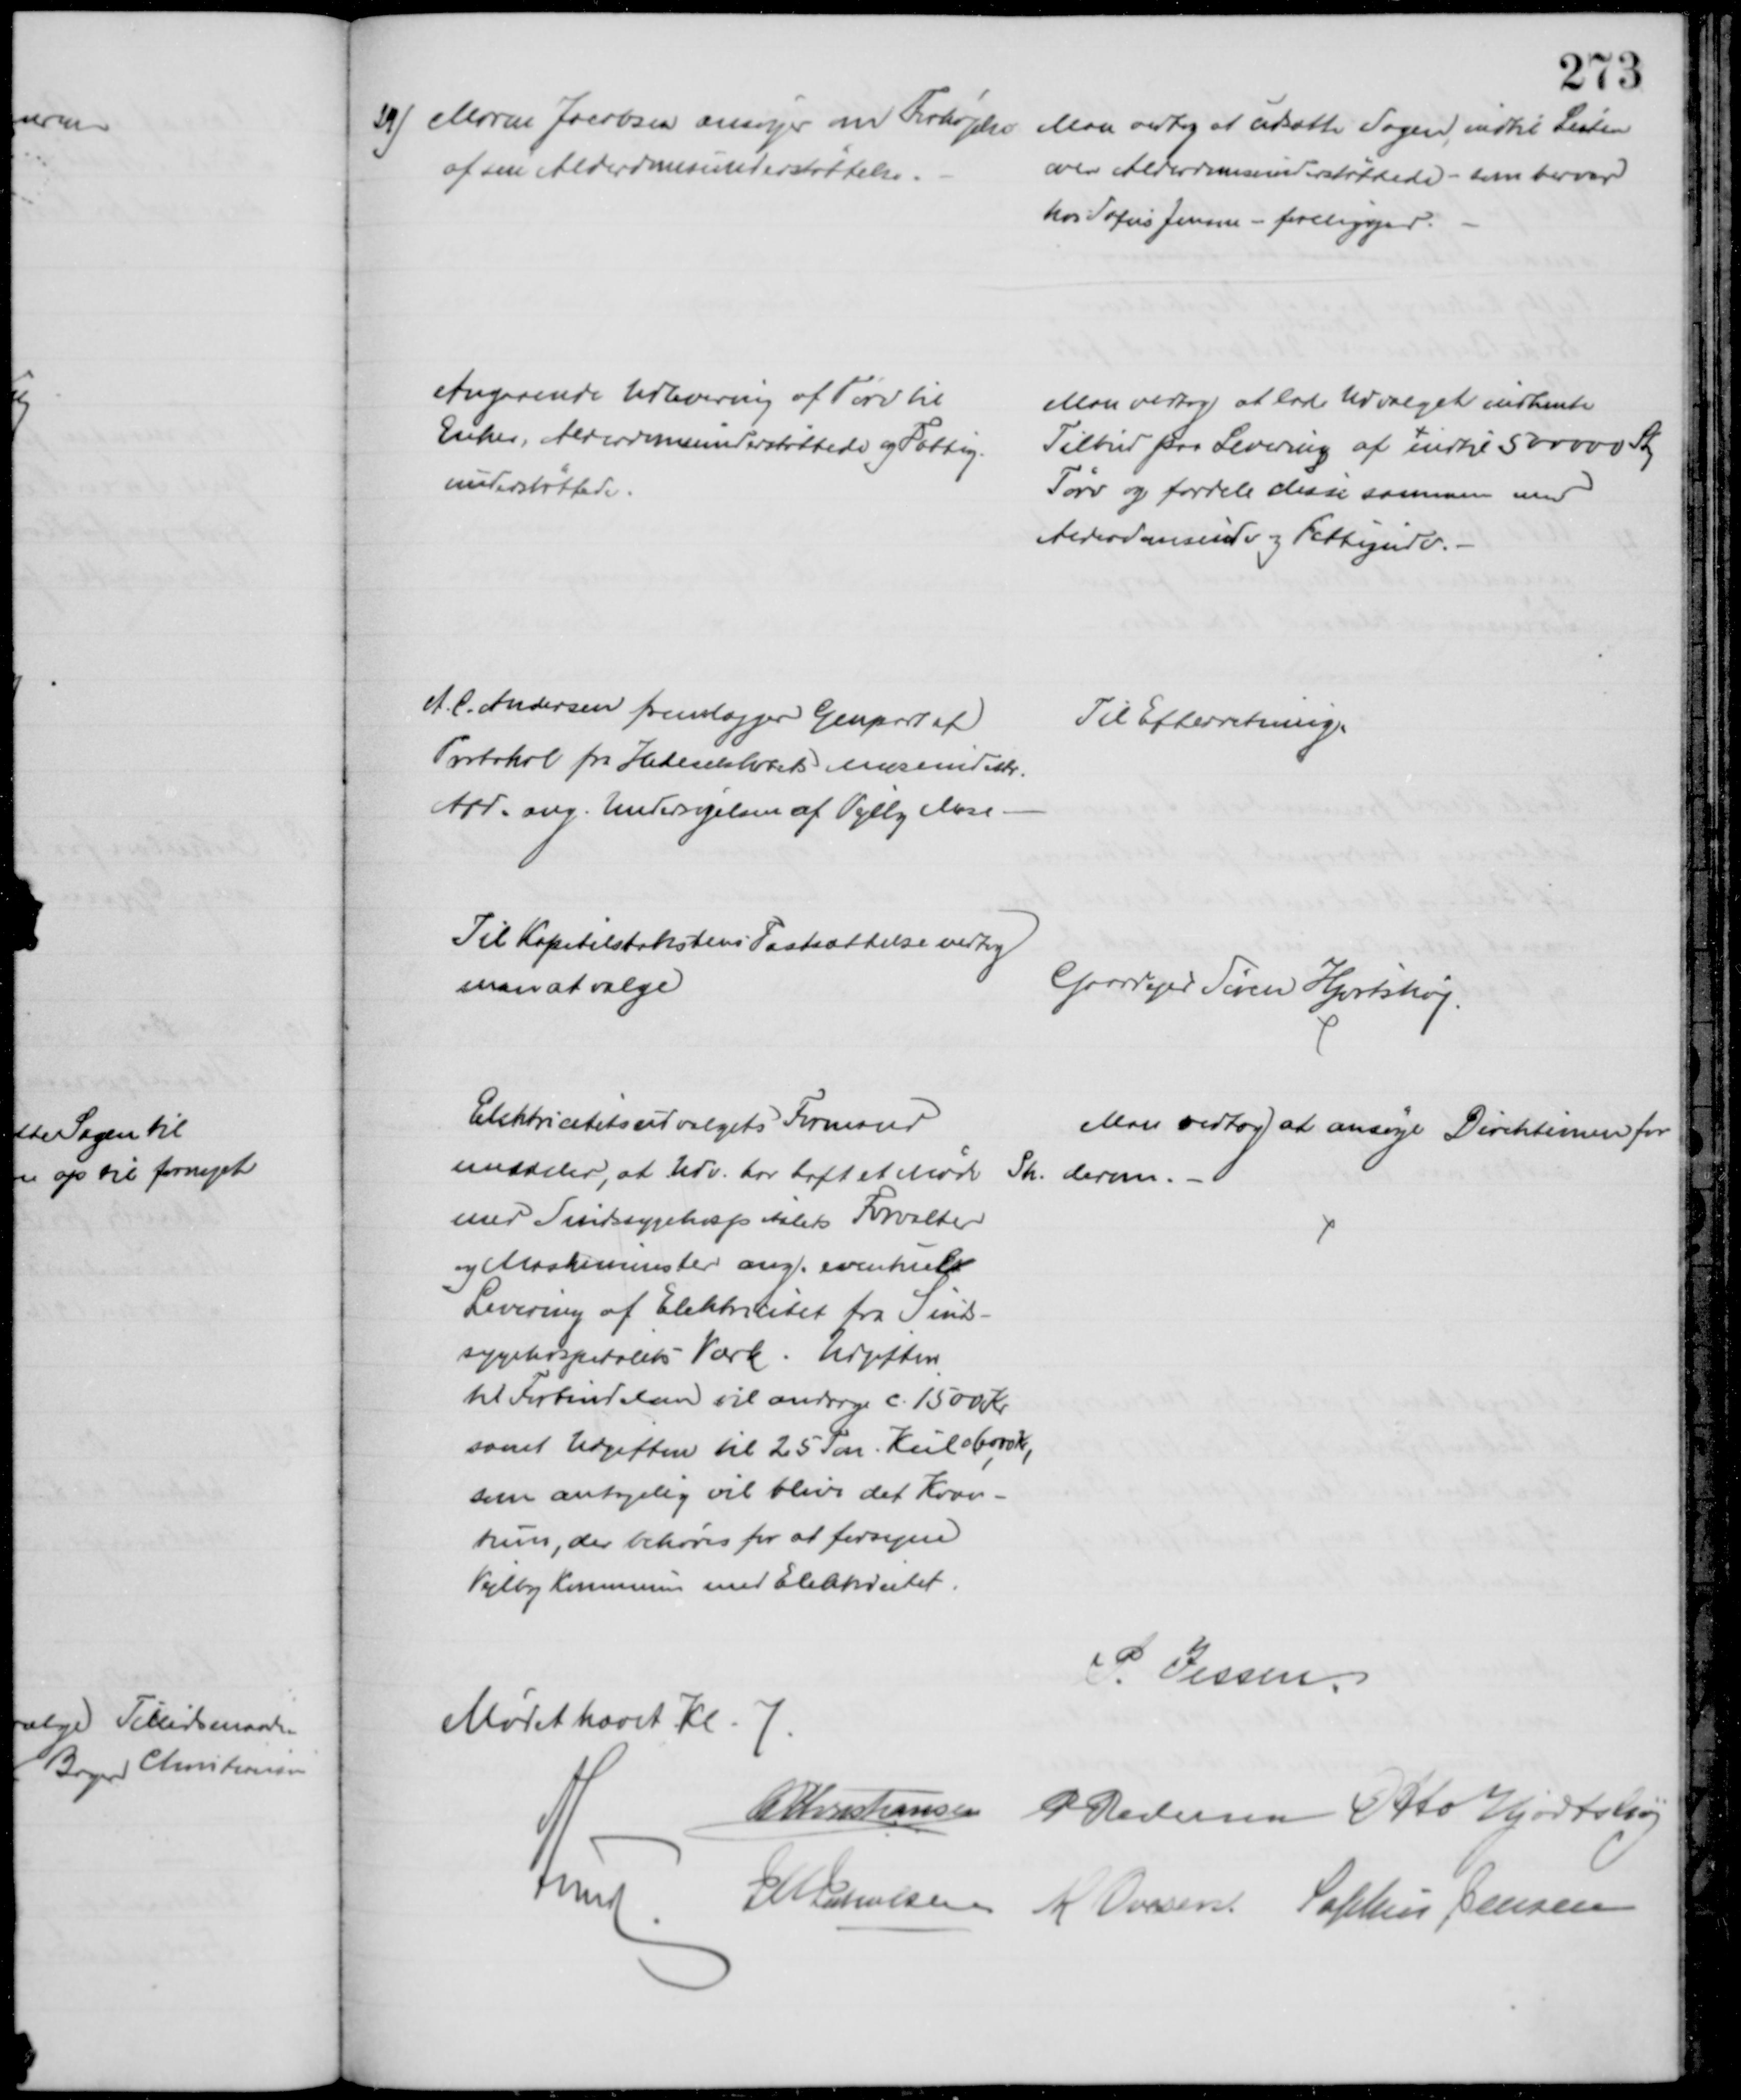
Transskription:
29) Maren Jacobsen ansøger om Forhøjelse 
af sin Alderdomsunderstøttelse.
Man vedtog at udsætte Sagen, indtil Listen
over Alderdomsunderstøttede - som bevares
hos Sofus Jensen - foreligger.
Angaaende Udlevering af Tørv til
Enker, Alderdomsunderstøttede og Fattig-
understøttede.
Man vedtog at lade Udvalget indhente
Tilbud paa Levering af indtil 500000 Sty
Tørv og fordele disse sammen med
Alderdomsudv og Fattigudv. 
A. C. Andersen fremlægger Genpart af
Protokol fra Hedeselskabets Moseind.
Afd. ang. Undersøgelsen af Vejlby Mose.
Til Efterretning
Til Kapitelstakstens Fastsættelse vedtog
man at vælge
Gaardejer Søren Hjortshøj.
Elektricitetsudvalgets Formand
meddeler, at Udv. har haft et Møde
med Sindssygehospitalets Forvalter
og Maskinmester ang. eventuel
Levering af Elektricitet fra Sinds-
sygehospitalets Værk. Udgiften
til Forbindelsen vil andrage c. 1500 Kr
samt Udgiften til 25 Ton Kul c 6000 Kr,
som antagelig vil blive det Kvan-
tum, der behøves for at forsyne
Vejlby Kommune med Elektricitet.
Man vedtog at ansøge Direktionen for
Sh. derom.
Mødet hævet Kl. 7 .
P. Jessen
A P Christiansen P Pedersen Otto Hjortshøj
A Lund
J M Jakobsen M. Ovesen Sophus Jensen